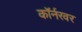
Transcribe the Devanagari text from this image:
काॅर्नरवर